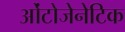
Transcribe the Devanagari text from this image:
ओंटोजेनेटिक